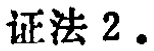
证法 2.